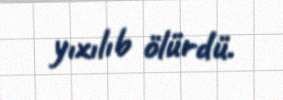
yıxılıb ölürdü.